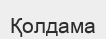
Қолдама